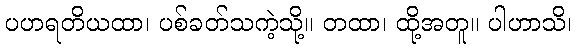
ပဟရတိယထာ၊ ပစ်ခတ်သကဲ့သို့။ တထာ၊ ထို့အတူ။ ပါဟာသိ၊